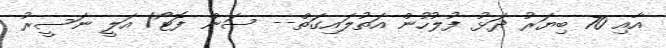
އާއި 70 ބިޔަރު ދަޅު ފުލުހުން އަތުލައިގަތް-- ސަން ފޮޓޯ/ އަލީ ނަސީރު